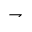
\rightharpoondown